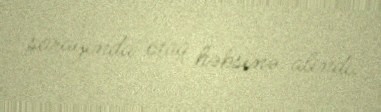
sarayında otaq həbsinə alındı.